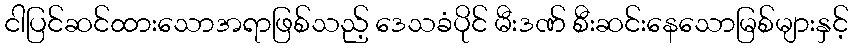
ငါပြင်ဆင်ထားသောအရာဖြစ်သည့် ဒေသခံပိုင် မီးဒဏ် စီးဆင်းနေသောမြစ်များနှင့်